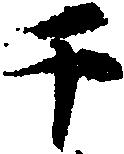
于